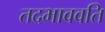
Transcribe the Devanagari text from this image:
तदभाववति